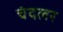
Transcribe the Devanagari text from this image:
चंदलर